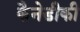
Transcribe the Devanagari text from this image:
कैनेडीकी